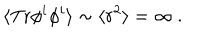
LaTeX: \langle \mathrm { T r } \phi ^ { i } \phi ^ { i } \rangle \sim \langle r ^ { 2 } \rangle = \infty \ .